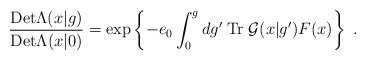
\begin{align*}\frac{{\rm Det}\Lambda(x|g)}{{\rm Det}\Lambda(x|0)}=\exp\left\{-e_{0}\int_{0}^{g}dg'\;{\rm Tr}\;{\cal G}(x|g') F(x)\right\}\;.\end{align*}